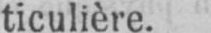
ticulière.